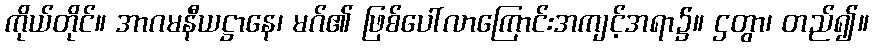
ကိုယ်တိုင်။ အာဂမနီယဋ္ဌာနေ၊ မဂ်၏ ဖြစ်ပေါ်လာကြောင်းအကျင့်အရာ၌။ ဌတွာ၊ တည်၍။